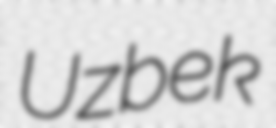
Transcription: Uzbek